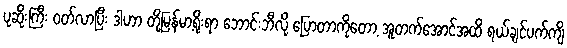
ပုဆိုးကြီး ဝတ်လာပြီး ဒါဟာ တို့မြန်မာ့ရိုးရာ ဘောင်းဘီလို့ ပြောတာကိုတော့ အူတက်အောင်အထိ ရယ်ချင်ပက်ကျိ